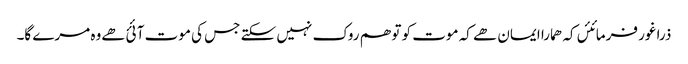
ذرا غور فرمائئں کہ ھمارا ایمان ھے کہ موت کو تو ھم روک نہیں سکتے جس کی موت آئئ ھےوہ مرے گا۔